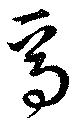
焉